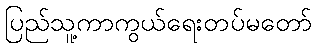
ပြည်သူ့ကာကွယ်ရေးတပ်မတော်